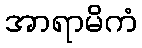
အာရာမိကံ